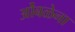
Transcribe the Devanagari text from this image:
ओंबळेना